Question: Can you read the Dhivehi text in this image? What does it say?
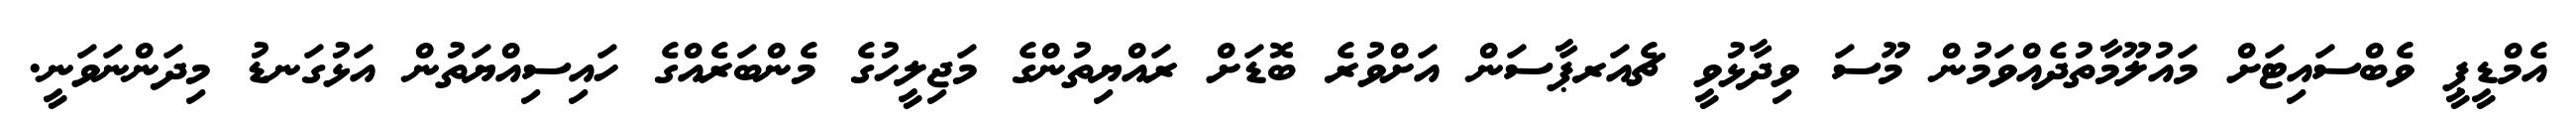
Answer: އެމްޑީޕީ ވެބްސައިޓަށް މައުލޫމާތުދެއްވަމުން މޫސަ ވިދާޅުވީ ޗެއަރޕާސަން އަށްވުރެ ބޮޑަށް ރައްޔިތުންގެ މަޖިލީހުގެ މެންބަރެއްގެ ހައިސިއްޔަތުން އަޅުގަނޑު މިދަންނަވަނީ.